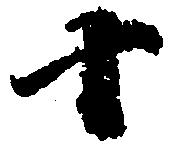
十